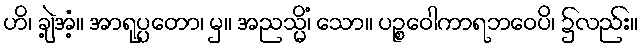
ဟိ၊ ချဲ့အံ့။ အာရုပ္ပတော၊ မှ။ အညသ္မိံ၊ သော။ ပဉ္စဝေါကာရဘဝေပိ၊ ၌လည်း။